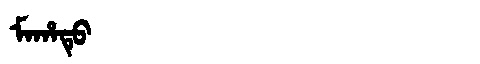
Manchu: ᠮᠠᡥᠠᡨᡠ
Romanization: MAHATU